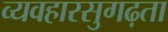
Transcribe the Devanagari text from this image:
व्यवहारसुगढ़ता